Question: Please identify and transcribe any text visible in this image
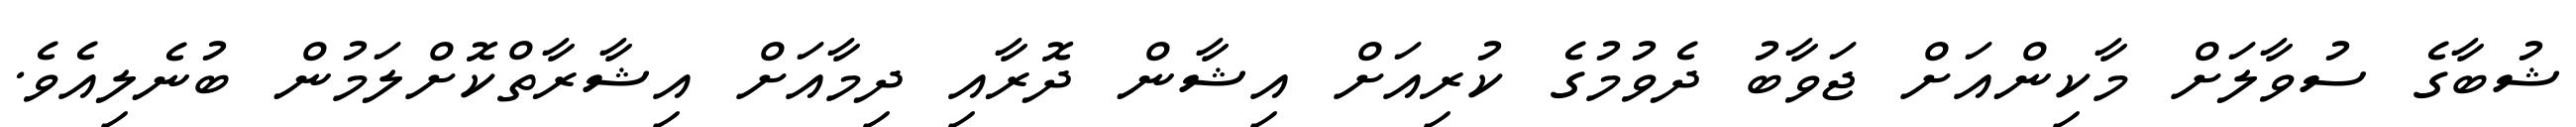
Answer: ޝުބާގެ ސުވާލަށް މާކިންއަށް ޖަވާބު ދެވުމުގެ ކުރިއަށް އިޝާން ދޮރާއި ދިމާއަށް އިޝާރާތްކޮށްލަމުން ބުނެލިއެވެ.